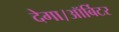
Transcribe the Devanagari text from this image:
देगा।ऑर्बिटर